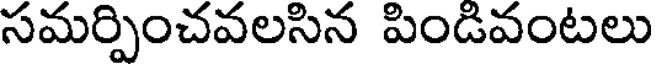
సమర్పించవలసిన పిండివంటలు